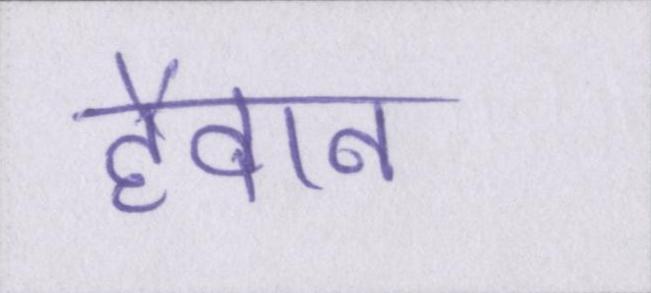
हैवान